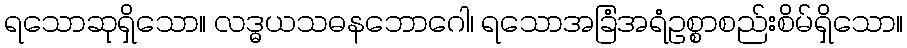
ရသောဆုရှိသော။ လဒ္ဓယသဓနဘောဂေါ၊ ရသောအခြံအရံဥစ္စာစည်းစိမ်ရှိသော။